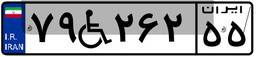
۴۲W۷۲۲۴۰